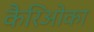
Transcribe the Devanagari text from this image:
कैरिओका